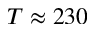
T \approx 2 3 0